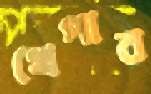
খেপাব